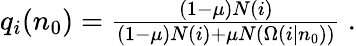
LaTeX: \begin{array}{r}{q_{i}(n_{0})=\frac{(1-\mu)N(i)}{(1-\mu)N(i)+\mu N(\Omega(i|n_{0}))}\ .}\end{array}